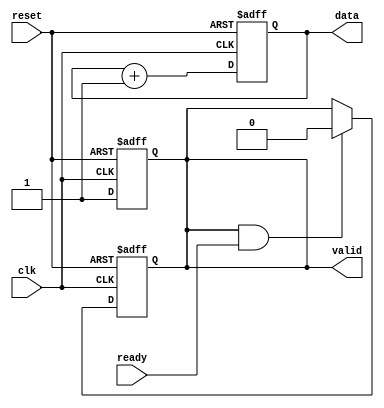
module ready_valid_handshake (
    input wire clk,              // Clock signal
    input wire reset,            // Reset signal
    output reg [7:0] data,       // Data bus (8-bit data)
    output reg valid,            // Valid signal from producer
    input wire ready             // Ready signal from consumer
);

// Producer logic
always @(posedge clk or posedge reset) begin
    if (reset) begin
        data <= 8'b0;            // Reset data
        valid <= 1'b0;           // Reset valid signal
    end else begin
        // Example data generation
        data <= data + 1;        // Increment data for demonstration
        valid <= 1'b1;           // Set valid signal high when data is ready
    end
end

// Consumer logic
always @(posedge clk or posedge reset) begin
    if (reset) begin
        valid <= 1'b0;           // Reset valid signal
    end else begin
        if (valid && ready) begin
            // Data transfer occurs here
            valid <= 1'b0;       // Reset valid after data is accepted
            // Consumer can process the data here if needed
        end
    end
end

endmodule